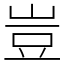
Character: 豈